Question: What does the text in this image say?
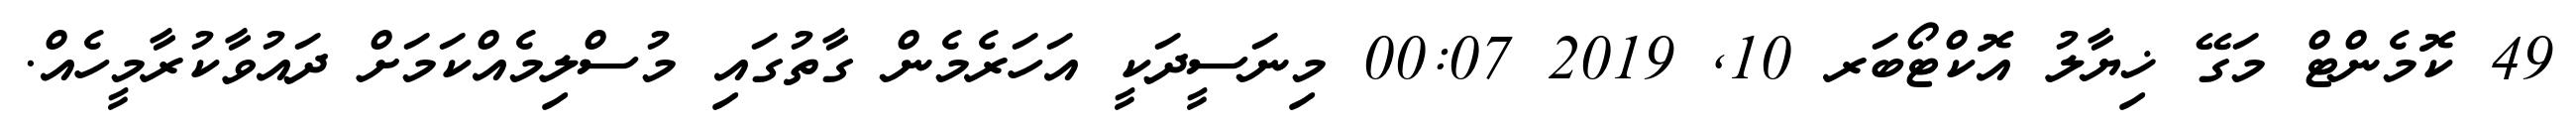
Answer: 49 ކޮމެންޓް މަގޭ ޚިޔާލު އޮކްޓޯބަރ 10, 2019 00:07 މިނަސީދަކީ އަހަރެމެން ގާތުގައި މުސްލިމެއްކަމަށް ދައުވާކުރާމީހެއް.